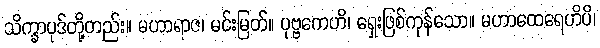
သိက္ခာပုဒ်တို့တည်း။ မဟာရာဇ၊ မင်းမြတ်။ ပုဗ္ဗကေဟိ၊ ရှေးဖြစ်ကုန်သော။ မဟာထေရေဟိပိ၊